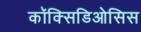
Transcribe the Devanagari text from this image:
कॉक्सिडिओसिस